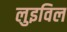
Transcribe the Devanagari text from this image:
लुइविल